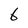
Character: 6